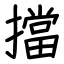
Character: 擋